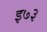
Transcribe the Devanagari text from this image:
इ७३